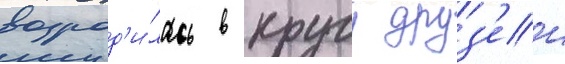
возрод'и́лась в кругу друз'еи